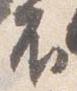
不